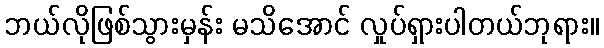
ဘယ်လိုဖြစ်သွားမှန်း မသိအောင် လှုပ်ရှားပါတယ်ဘုရား။